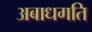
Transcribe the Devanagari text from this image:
अबाधगति